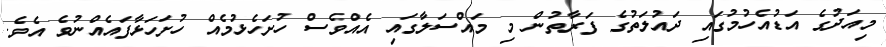
މިއަދުގެ އަޑުއެހުމުގައި ދައުލަތުގެ ފަރާތުން މި މައްސަލާގައި އެއްވެސް ހުށަހެޅުމެއް ހުށަހަޅާފައެއްނުވެ އެވެ.